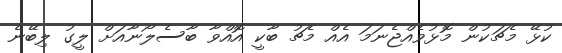
ކުޅޭ މެޗަކުން މޮޅުވެއްޖެނަމަ އެއް މެޗު ބާކީ އޮއްވާ ބާސެލޯނާއަށް ލީގު ލިބޭނެ